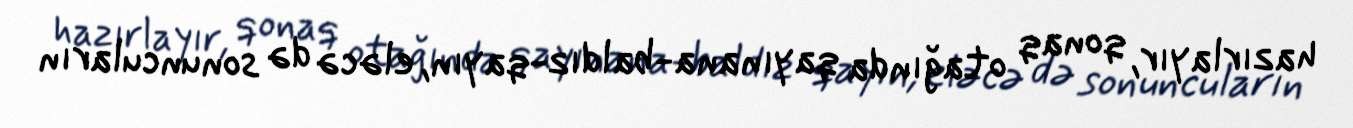
hazırlayır, qonaq otağında qayınana-baldız-qayın, eləcə də sonuncuların